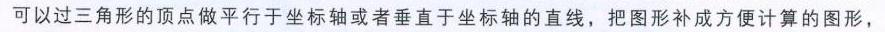
可以过三角形的顶点做平行于坐标轴或者垂直于坐标轴的直线，把图形补成方便计算的图形，